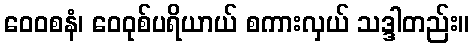
ဝေဝစနံ၊ ဝေဝုစ်ပရိယာယ် စကားလှယ် သဒ္ဒါတည်း။